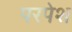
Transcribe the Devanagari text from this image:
परपेश